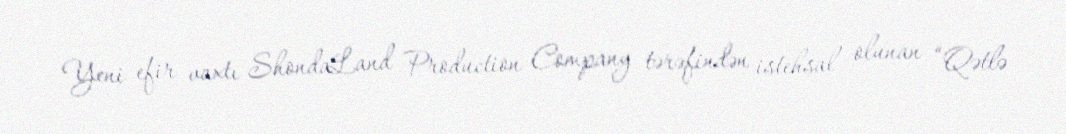
Yeni efir vaxtı ShondaLand Production Company tərəfindən istehsal olunan “Qətlə